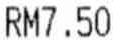
RM7.50